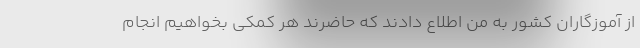
از آموزگاران کشور به من اطلاع دادند که حاضرند هر کمکی بخواهیم انجام